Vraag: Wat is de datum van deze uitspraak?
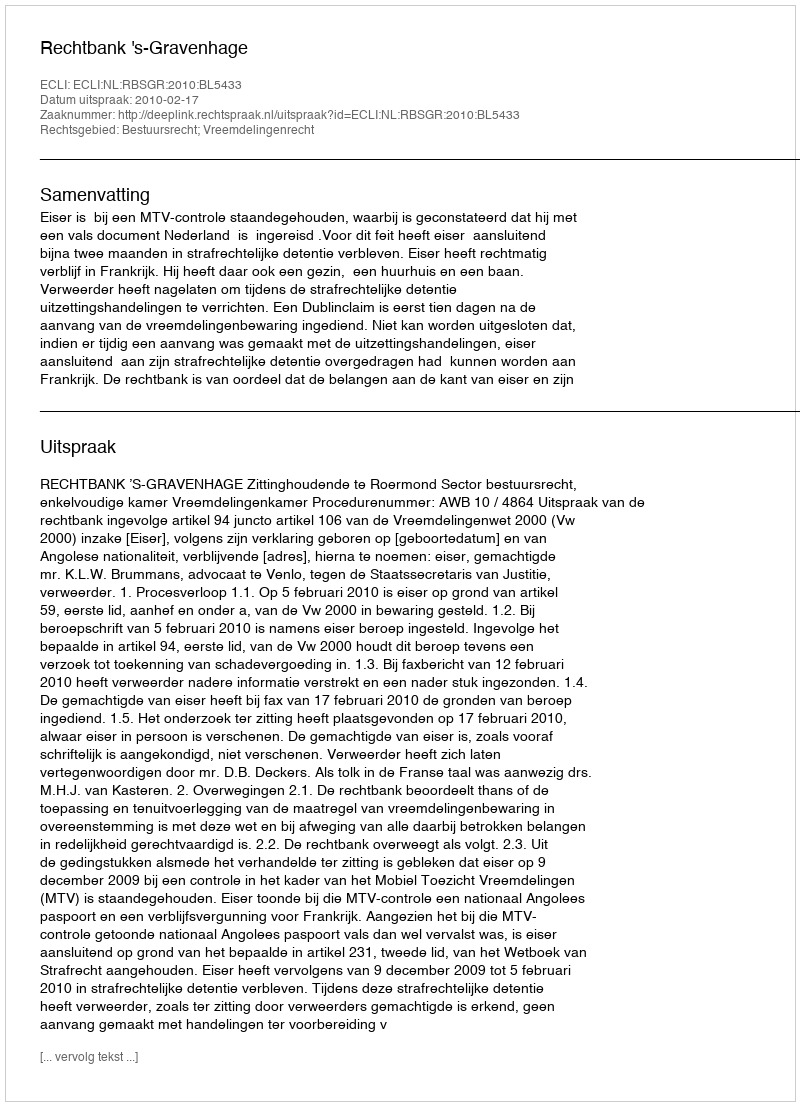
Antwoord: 2010-02-17